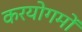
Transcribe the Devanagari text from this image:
करयोगमों